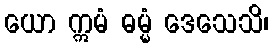
ယော ဣမံ ဓမ္မံ ဒေသေသိ၊